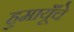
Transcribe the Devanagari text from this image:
हुमायूँचे